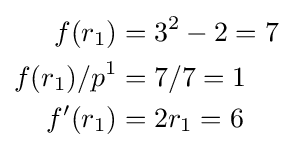
{\begin{aligned}f(r_{1})&=3^{2}-2=7\\f(r_{1})/p^{1}&=7/7=1\\f'(r_{1})&=2r_{1}=6\end{aligned}}